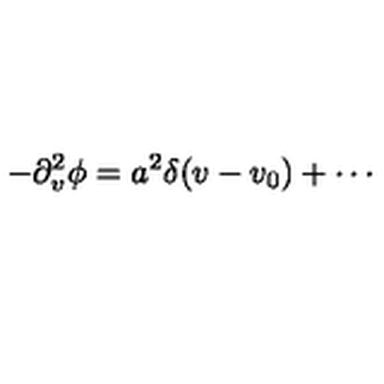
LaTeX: - \partial _ { v } ^ { 2 } \phi = a ^ { 2 } \delta ( v - v _ { 0 } ) + \cdots